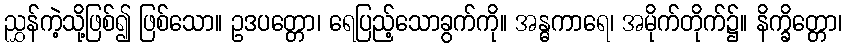
ညွှန်ကဲ့သို့ဖြစ်၍ ဖြစ်သော။ ဥဒပတ္တော၊ ရေပြည့်သောခွက်ကို။ အန္ဓကာရေ၊ အမိုက်တိုက်၌။ နိက္ခိတ္တော၊